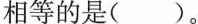
相等的是()。